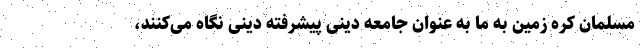
مسلمان کره زمین به ما به عنوان جامعه دینی پیشرفته دینی نگاه می‌کنند،